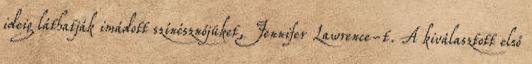
ideig láthatják imádott színésznőjüket, Jennifer Lawrence-t. A kiválasztott első